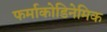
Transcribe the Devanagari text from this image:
फर्माकोडिनेमिक